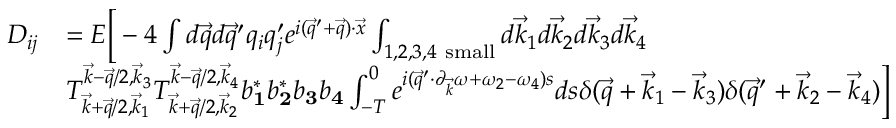
\begin{array} { r l } { D _ { i j } } & { = E \Big [ - 4 \int d \vec { q } d \vec { q } ^ { \prime } q _ { i } q _ { j } ^ { \prime } e ^ { i ( \vec { q } ^ { \prime } + \vec { q } ) \cdot \vec { x } } \int _ { 1 , 2 , 3 , 4 \mathrm { ~ s m a l l } } d \vec { k } _ { 1 } d \vec { k } _ { 2 } d \vec { k } _ { 3 } d \vec { k } _ { 4 } } \\ & { T _ { \vec { k } + \vec { q } / 2 , \vec { k } _ { 1 } } ^ { \vec { k } - \vec { q } / 2 , \vec { k } _ { 3 } } T _ { \vec { k } + \vec { q } / 2 , \vec { k } _ { 2 } } ^ { \vec { k } - \vec { q } / 2 , \vec { k } _ { 4 } } b _ { \mathbf 1 } ^ { * } b _ { \mathbf 2 } ^ { * } b _ { \mathbf 3 } b _ { \mathbf 4 } \int _ { - T } ^ { 0 } e ^ { i ( \vec { q } ^ { \prime } \cdot \partial _ { \vec { k } } \omega + \omega _ { 2 } - \omega _ { 4 } ) s } d s \delta ( \vec { q } + \vec { k } _ { 1 } - \vec { k } _ { 3 } ) \delta ( \vec { q } ^ { \prime } + \vec { k } _ { 2 } - \vec { k } _ { 4 } ) \Big ] } \end{array}